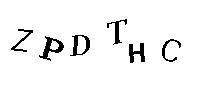
ZPDTHC